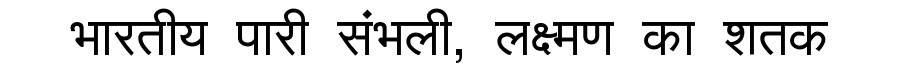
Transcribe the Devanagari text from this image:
भारतीय पारी संभली, लक्ष्मण का शतक